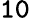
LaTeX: \mathtt{10}